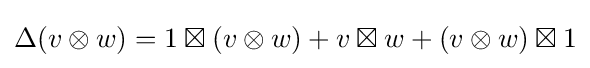
\Delta (v\otimes w)=1\boxtimes (v\otimes w)+v\boxtimes w+(v\otimes w)\boxtimes 1